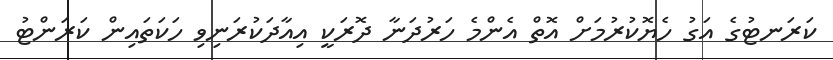
ކަރަނޓުގެ އަގު ހެޔޮކުރުމަށް އޮތް އެންމެ ހަރުދަނާ ދޮރަކީ އިއާދަކުރަނިވި ހަކަތައިން ކަރަންޓު